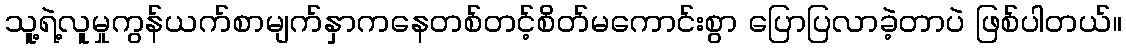
သူ့ရဲ့လူမှုကွန်ယက်စာမျက်နှာကနေတစ်တင့်စိတ်မကောင်းစွာ ပြောပြလာခဲ့တာပဲ ဖြစ်ပါတယ်။